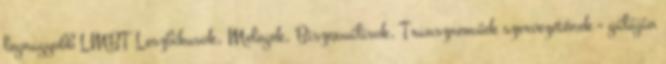
legnagyobb LMBT Leszbikusok, Melegek, Biszexuálisok, Transzneműek szervezetének - gáláján